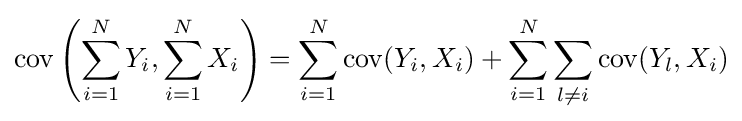
\operatorname {cov} \left(\sum _{i=1}^{N}Y_{i},\sum _{i=1}^{N}X_{i}\right)=\sum _{i=1}^{N}\operatorname {cov} (Y_{i},X_{i})+\sum _{i=1}^{N}\sum _{l\neq i}\operatorname {cov} (Y_{l},X_{i})